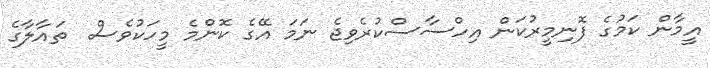
އީމާން ކަމުގެ ފޮނިމީރުކަން އިހްސާސްކުރެވިޖެ ނަމަ އޭގެ ކޮންމެ މީހަކުވެސް  ތައާލާގެ